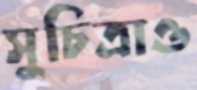
সুচিত্রাও